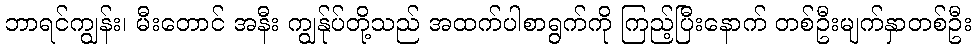
ဘာရင်ကျွန်း၊ မီးတောင် အနီး ကျွန်ုပ်တို့သည် အထက်ပါစာရွက်ကို ကြည့်ပြီးနောက် တစ်ဦးမျက်နှာတစ်ဦး